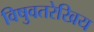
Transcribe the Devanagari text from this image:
विषुवतरेखिय